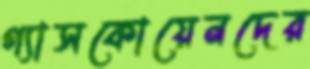
গ্যাসকোয়েনদের